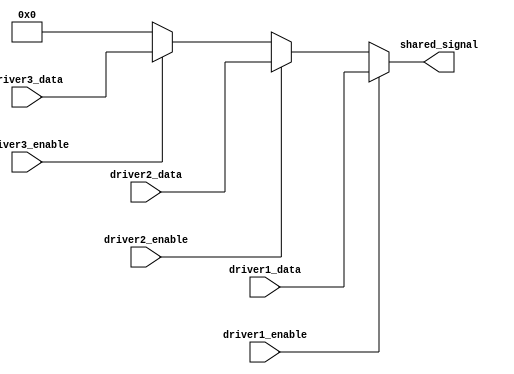
module multiple_drivers (
    input wire driver1_enable,
    input wire driver2_enable,
    input wire driver3_enable,
    input wire [3:0] driver1_data,
    input wire [3:0] driver2_data,
    input wire [3:0] driver3_data,
    output wire [3:0] shared_signal
);

// Declare the shared signal
wire [3:0] driver1_out;
wire [3:0] driver2_out;
wire [3:0] driver3_out;
reg [3:0] selected_signal;

// Each driver drives its output based on enable signals
assign driver1_out = driver1_enable ? driver1_data : 4'bz; // High impedance when not enabled
assign driver2_out = driver2_enable ? driver2_data : 4'bz;
assign driver3_out = driver3_enable ? driver3_data : 4'bz;

// Resolution Logic
always @(*) begin
    // Default value
    selected_signal = 4'b0000;

    // Priority resolution: driver1 > driver2 > driver3
    if (driver1_enable) begin
        selected_signal = driver1_data;
    end else if (driver2_enable) begin
        selected_signal = driver2_data;
    end else if (driver3_enable) begin
        selected_signal = driver3_data;
    end
end

// Assign the selected signal to the shared signal
assign shared_signal = selected_signal;

endmodule